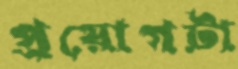
প্রয়োগটা